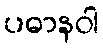
ပဓာနဝါ